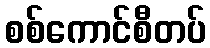
စစ်ကောင်စီတပ်